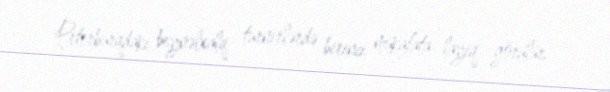
Peterburqdakı beynəlxalq turnirlərdə birinci mükafata layiq görülür.